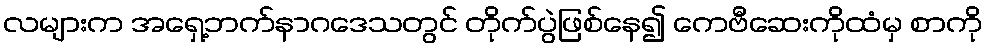
လများက အရှေ့ဘက်နာဂဒေသတွင် တိုက်ပွဲဖြစ်နေ၍ ကေဗီဆေးကိုထံမှ စာကို